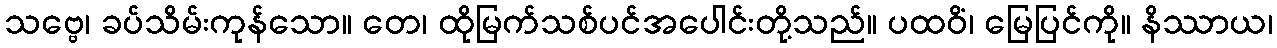
သဗ္ဗေ၊ ခပ်သိမ်းကုန်သော။ တေ၊ ထိုမြက်သစ်ပင်အပေါင်းတို့သည်။ ပထဝိံ၊ မြေပြင်ကို။ နိဿာယ၊